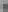
1